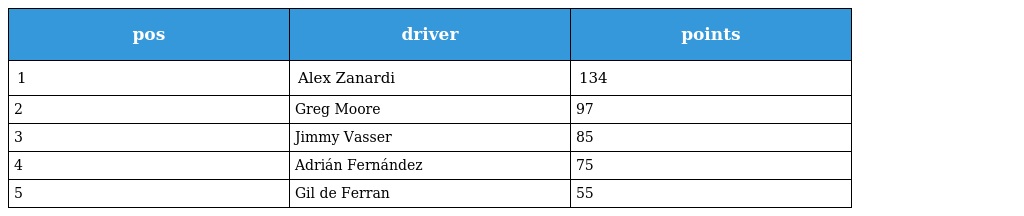
| pos | driver | points |
 | --- | --- | --- |
 | 1 | Alex Zanardi | 134 |
 | 2 | Greg Moore | 97 |
 | 3 | Jimmy Vasser | 85 |
 | 4 | Adrián Fernández | 75 |
 | 5 | Gil de Ferran | 55 |